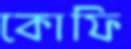
কোফি